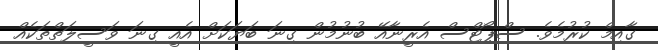
ގާއިމް ކުރުމެވެ. ސްޕޯޓްސް އެރީނާއޭ ބުނުމުން ގިނަ ބަޔަކަށް އެއީ ގިނަ ވަސީލަތްތަކެއް